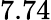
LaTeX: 7.74